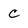
Character: C